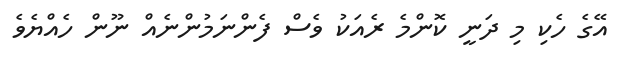
އޭގެ ހެކި މި ދަނީ ކޮންމެ ރެއަކު ވެސް ފެންނަމުންނެއް ނޫން ހެއްޔެވެ